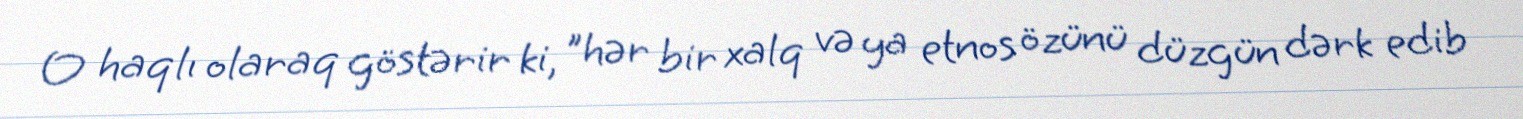
O haqlı olaraq göstərir ki, "hər bir xalq və ya etnos özünü düzgün dərk edib